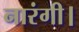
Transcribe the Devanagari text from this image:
नारंगी।